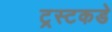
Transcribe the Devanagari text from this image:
ट्रस्टकडे